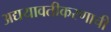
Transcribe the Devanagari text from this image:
अद्ययावतीकरणाची